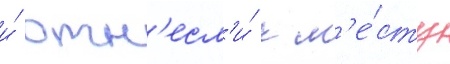
и́ отн'есл'и́ к м'е́сту